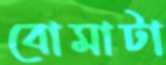
বোমাটা